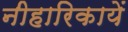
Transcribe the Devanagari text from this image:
नीहारिकायें